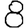
Digit: 8